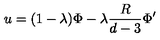
u = ( 1 - \lambda ) \Phi - \lambda \frac { R } { d - 3 } \Phi ^ { \prime }